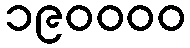
၁၉၀၀၀၀